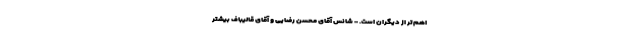
اهم‌تر از دیگران است. - شانس آقای محسن رضایی و آقای قالیباف بیشتر